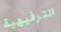
الترفيهية